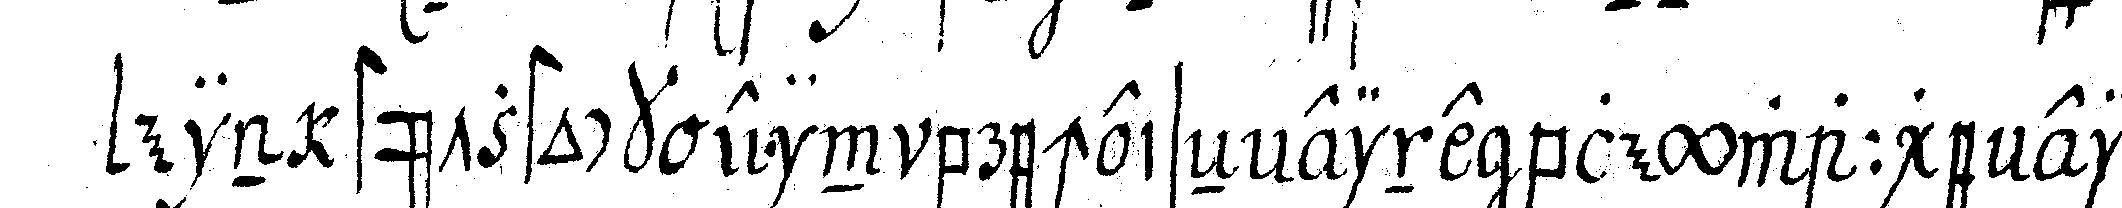
ein stützstock ein brecheiseN eine bleywaage ein